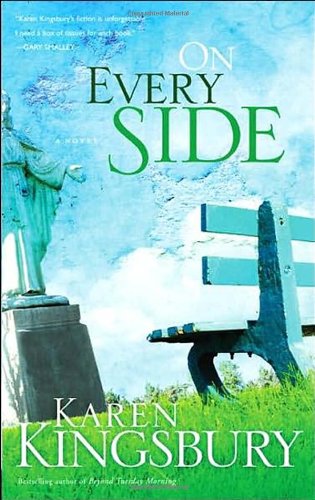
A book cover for On Every Side; Karen Kingsbury; Romance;